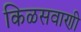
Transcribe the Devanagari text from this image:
किळसवाणी